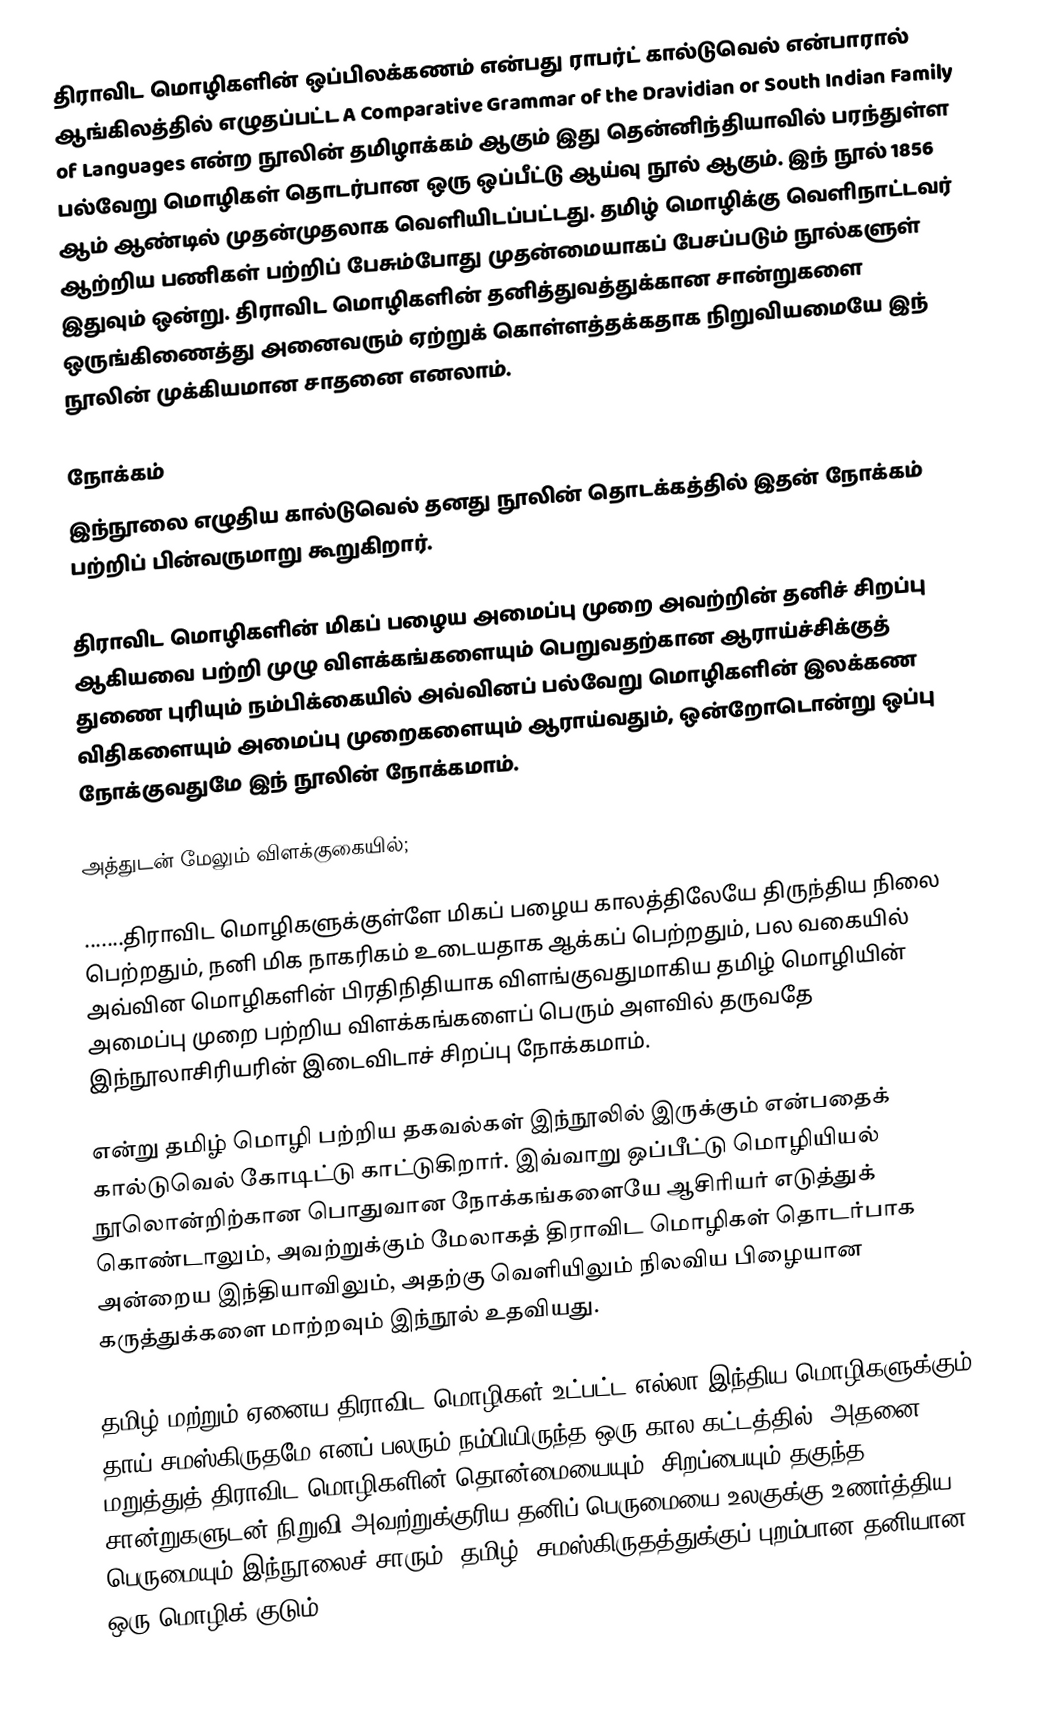
திராவிட மொழிகளின் ஒப்பிலக்கணம் என்பது ராபர்ட் கால்டுவெல் என்பாரால் ஆங்கிலத்தில் எழுதப்பட்ட A Comparative Grammar of the Dravidian or South Indian Family of Languages என்ற  நூலின் தமிழாக்கம் ஆகும் இது தென்னிந்தியாவில் பரந்துள்ள பல்வேறு மொழிகள் தொடர்பான ஒரு ஒப்பீட்டு ஆய்வு நூல் ஆகும். இந் நூல் 1856 ஆம் ஆண்டில் முதன்முதலாக வெளியிடப்பட்டது. தமிழ் மொழிக்கு வெளிநாட்டவர் ஆற்றிய பணிகள் பற்றிப் பேசும்போது முதன்மையாகப் பேசப்படும் நூல்களுள் இதுவும் ஒன்று. திராவிட மொழிகளின் தனித்துவத்துக்கான சான்றுகளை ஒருங்கிணைத்து அனைவரும் ஏற்றுக் கொள்ளத்தக்கதாக நிறுவியமையே இந் நூலின் முக்கியமான சாதனை எனலாம்.

நோக்கம்
இந்நூலை எழுதிய கால்டுவெல் தனது நூலின் தொடக்கத்தில் இதன் நோக்கம் பற்றிப் பின்வருமாறு கூறுகிறார்.

 திராவிட மொழிகளின் மிகப் பழைய அமைப்பு முறை அவற்றின் தனிச் சிறப்பு ஆகியவை பற்றி முழு விளக்கங்களையும் பெறுவதற்கான ஆராய்ச்சிக்குத் துணை புரியும் நம்பிக்கையில் அவ்வினப் பல்வேறு மொழிகளின் இலக்கண விதிகளையும் அமைப்பு முறைகளையும் ஆராய்வதும், ஒன்றோடொன்று ஒப்பு நோக்குவதுமே இந் நூலின் நோக்கமாம்.

அத்துடன் மேலும் விளக்குகையில்;

 .......திராவிட மொழிகளுக்குள்ளே மிகப் பழைய காலத்திலேயே திருந்திய நிலை பெற்றதும், நனி மிக நாகரிகம் உடையதாக ஆக்கப் பெற்றதும், பல வகையில் அவ்வின மொழிகளின் பிரதிநிதியாக விளங்குவதுமாகிய தமிழ் மொழியின் அமைப்பு முறை பற்றிய விளக்கங்களைப் பெரும் அளவில் தருவதே இந்நூலாசிரியரின் இடைவிடாச் சிறப்பு நோக்கமாம்.

என்று தமிழ் மொழி பற்றிய தகவல்கள் இந்நூலில் இருக்கும் என்பதைக் கால்டுவெல் கோடிட்டு காட்டுகிறார். இவ்வாறு ஒப்பீட்டு மொழியியல் நூலொன்றிற்கான பொதுவான நோக்கங்களையே ஆசிரியர் எடுத்துக் கொண்டாலும், அவற்றுக்கும் மேலாகத் திராவிட மொழிகள் தொடர்பாக அன்றைய இந்தியாவிலும், அதற்கு வெளியிலும் நிலவிய பிழையான கருத்துக்களை மாற்றவும் இந்நூல் உதவியது.

தமிழ் மற்றும் ஏனைய திராவிட மொழிகள் உட்பட்ட எல்லா இந்திய மொழிகளுக்கும் தாய் சமஸ்கிருதமே எனப் பலரும் நம்பியிருந்த ஒரு கால கட்டத்தில், அதனை மறுத்துத் திராவிட மொழிகளின் தொன்மையையும், சிறப்பையும் தகுந்த சான்றுகளுடன் நிறுவி அவற்றுக்குரிய தனிப் பெருமையை உலகுக்கு உணர்த்திய பெருமையும் இந்நூலைச் சாரும். தமிழ், சமஸ்கிருதத்துக்குப் புறம்பான தனியான ஒரு மொழிக் குடும்